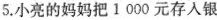
5.小亮的妈妈把1000元存入银